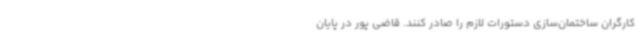
کارگران ساختمان‌سازی دستورات لازم را صادر کنند. قاضی پور در پایان